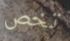
تخص